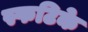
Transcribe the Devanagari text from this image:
स्फटिके